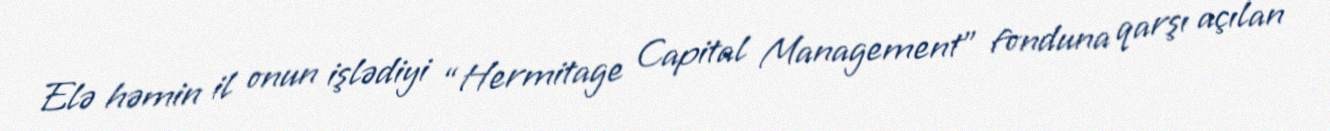
Elə həmin il onun işlədiyi “Hermitage Capital Management” fonduna qarşı açılan